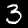
Digit: 3